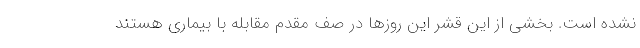
نشده است. بخشی از این قشر این روزها در صف مقدم مقابله با بیماری هستند